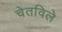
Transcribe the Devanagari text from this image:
चेतविले